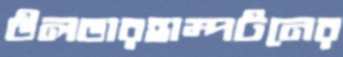
উলভারহাম্পটনের